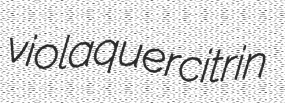
violaquercitrin